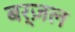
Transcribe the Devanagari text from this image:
बर्ज़ल